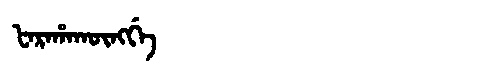
Manchu: ᡶᠠᡵᠠᡥᠠᡴᡡᠩᡤᡝ
Romanization: FARAHAKŪNGGE